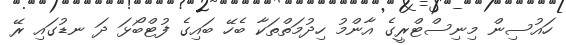
ހައުސިން މިނިސްޓްރީގެ އާންމު ހިދުމަތްތަކާ ބެހޭ ބައިގެ ފުޓްބޯޅަ ދަ ނޑުގައި ރޭ